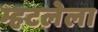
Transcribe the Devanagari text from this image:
म्हटलेला